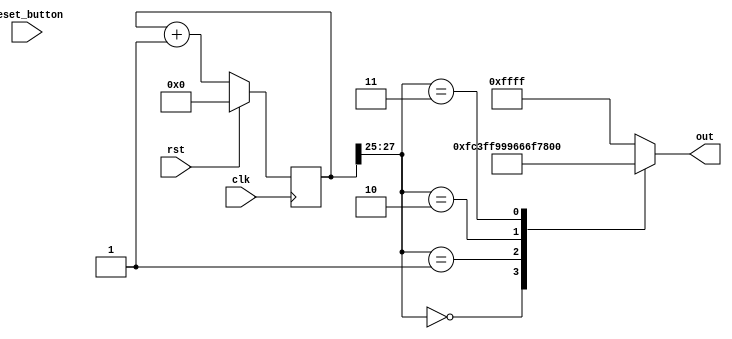
/*
   This file was generated automatically by the Mojo IDE version B1.3.6.
   Do not edit this file directly. Instead edit the original Lucid source.
   This is a temporary file and any changes made to it will be destroyed.
*/

module sutd_generator_2 (
    input clk,
    input rst,
    input reset_button,
    output reg [15:0] out
  );
  
  
  
  reg [27:0] M_counter_d, M_counter_q = 1'h0;
  
  always @* begin
    M_counter_d = M_counter_q;
    
    if (reset_button) begin
      M_counter_d = 1'h0;
    end
    
    case (M_counter_q[25+2-:3])
      1'h0: begin
        out = 16'hfc3f;
      end
      1'h1: begin
        out = 16'hf999;
      end
      2'h2: begin
        out = 16'h666f;
      end
      2'h3: begin
        out = 16'h7997;
      end
      default: begin
        out = 16'hffff;
      end
    endcase
    M_counter_d = M_counter_q + 1'h1;
  end
  
  always @(posedge clk) begin
    if (rst == 1'b1) begin
      M_counter_q <= 1'h0;
    end else begin
      M_counter_q <= M_counter_d;
    end
  end
  
endmodule